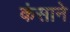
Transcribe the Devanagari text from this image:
कंसाने